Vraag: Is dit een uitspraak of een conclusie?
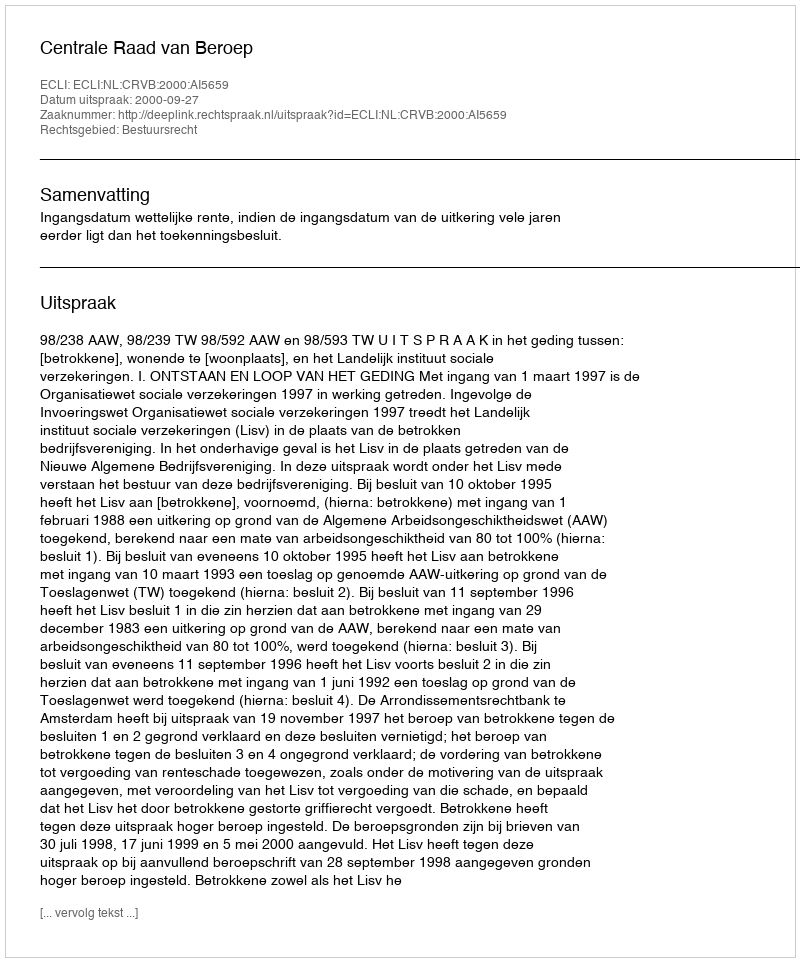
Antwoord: Uitspraak